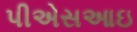
પીએસઆઇ